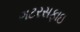
ગટરસફાઇ